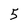
Character: 5